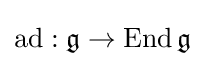
{\text{ad}}:{\mathfrak {g}}\rightarrow \operatorname {End} {\mathfrak {g}}